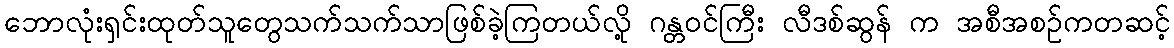
ဘောလုံးရှင်းထုတ်သူတွေသက်သက်သာဖြစ်ခဲ့ကြတယ်လို့ ဂန္တဝင်ကြီး လီဒစ်ဆွန် က အစီအစဥ်ကတဆင့်